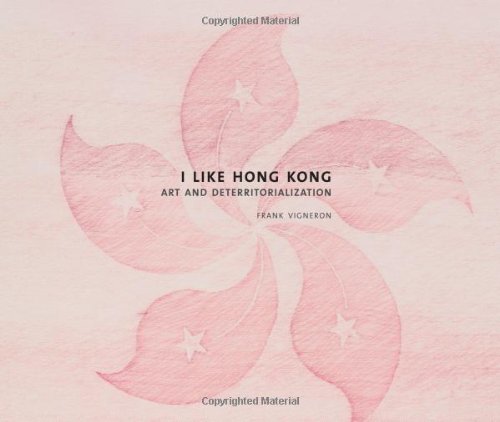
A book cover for I Like Hong Kong... Art and Deterritorialization; Frank Vigneron; History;